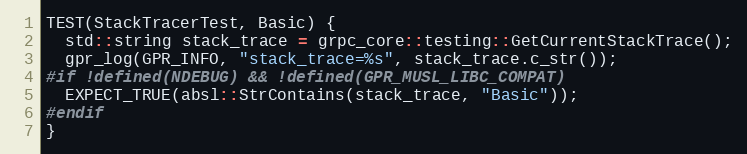
Language: C++
TEST(StackTracerTest, Basic) {
  std::string stack_trace = grpc_core::testing::GetCurrentStackTrace();
  gpr_log(GPR_INFO, "stack_trace=%s", stack_trace.c_str());
#if !defined(NDEBUG) && !defined(GPR_MUSL_LIBC_COMPAT)
  EXPECT_TRUE(absl::StrContains(stack_trace, "Basic"));
#endif
}